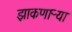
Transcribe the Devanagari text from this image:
झाकणाऱ्या